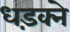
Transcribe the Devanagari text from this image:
धड़क्ने